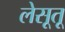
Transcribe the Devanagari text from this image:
लेसूतू